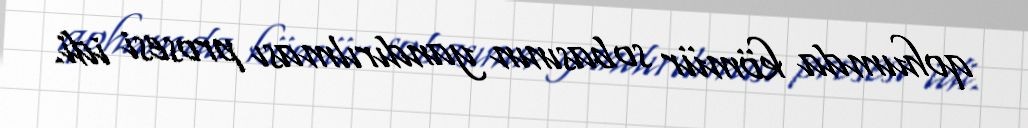
qohumda kömür sobasının yandırılması prosesi idi.